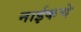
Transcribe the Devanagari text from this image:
नाईकचे